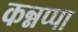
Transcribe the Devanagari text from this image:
कन्नप्पा